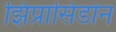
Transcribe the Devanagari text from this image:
झिप्रासिडोन